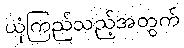
ယုံကြည်သည့်အတွက်